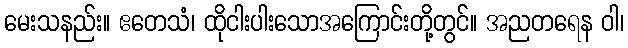
မေးသနည်း။ ဧတေသံ၊ ထိုငါးပါးသောအကြောင်းတို့တွင်။ အညတရေန ဝါ၊